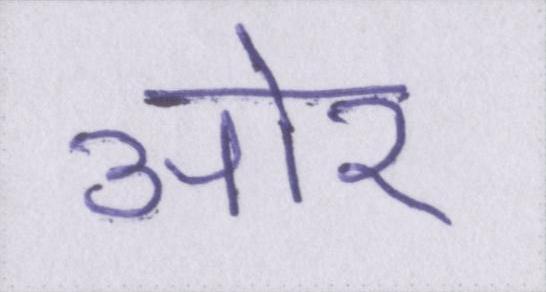
आ॓र